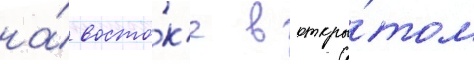
на́ восто́к'е в откры́том